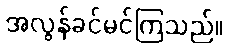
အလွန်ခင်မင်ကြသည်။